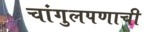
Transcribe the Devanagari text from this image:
चांगुलपणाची